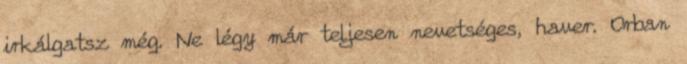
irkálgatsz még. Ne légy már teljesen nevetséges, haver. Orban